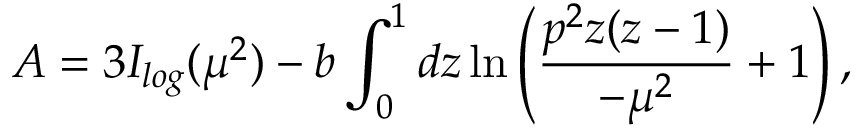
{ \cal { A } } = 3 I _ { l o g } ( \mu ^ { 2 } ) - b \int _ { 0 } ^ { 1 } d z \ln \Bigg ( \frac { p ^ { 2 } z ( z - 1 ) } { - \mu ^ { 2 } } + 1 \Bigg ) \, ,